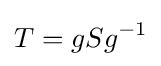
T=gSg^{-1}